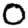
Digit: 0